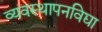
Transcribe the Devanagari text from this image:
व्यवस्थापनविद्या